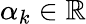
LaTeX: \alpha_{k}\in\mathbb{R}